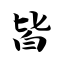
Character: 皆